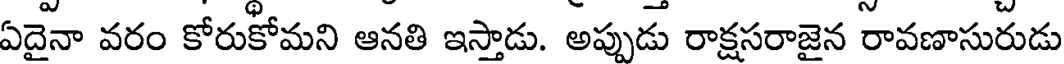
ఏదైనా వరం కోరుకోమని ఆనతి ఇస్తాడు. అప్పుడు రాక్షసరాజైన రావణాసురుడు